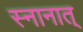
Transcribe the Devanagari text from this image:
स्नानात्